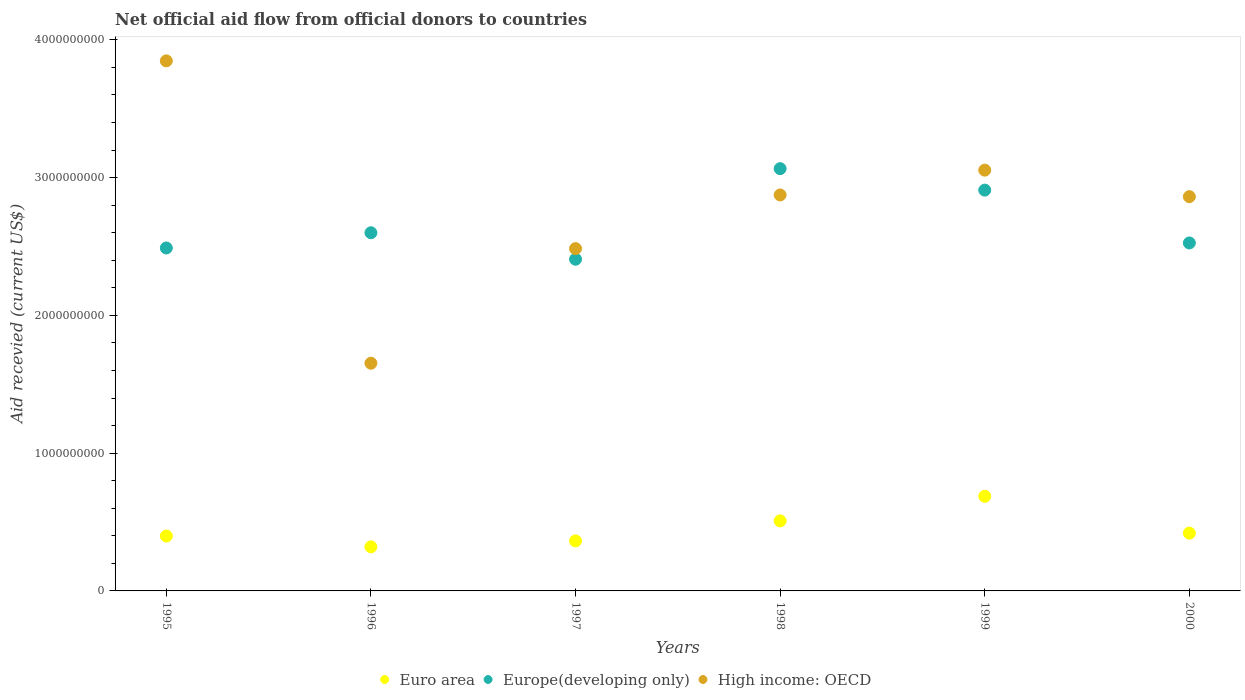
| Years | Euro area | Europe(developing only) | High income: OECD |
 | --- | --- | --- | --- |
 | 1995 | 3.98e+08 | 2.49e+09 | 3.85e+09 |
 | 1996 | 3.2e+08 | 2.6e+09 | 1.65e+09 |
 | 1997 | 3.63e+08 | 2.41e+09 | 2.48e+09 |
 | 1998 | 5.08e+08 | 3.06e+09 | 2.87e+09 |
 | 1999 | 6.87e+08 | 2.91e+09 | 3.05e+09 |
 | 2000 | 4.2e+08 | 2.53e+09 | 2.86e+09 |